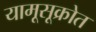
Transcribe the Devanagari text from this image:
यामूसूक्रोत